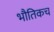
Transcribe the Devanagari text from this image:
भौतिकच